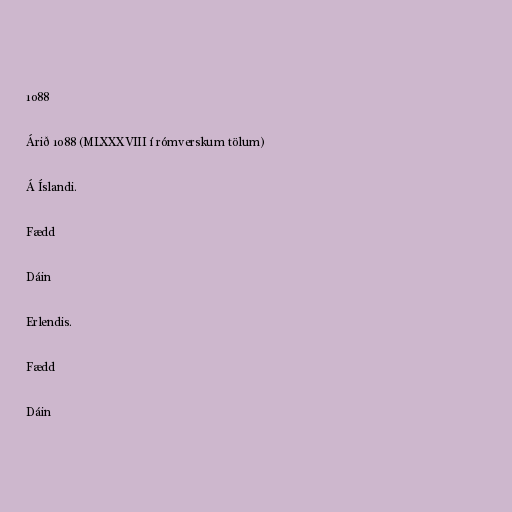
1088

Árið 1088 (MLXXXVIII í rómverskum tölum)

Á Íslandi.

Fædd

Dáin

Erlendis.

Fædd

Dáin